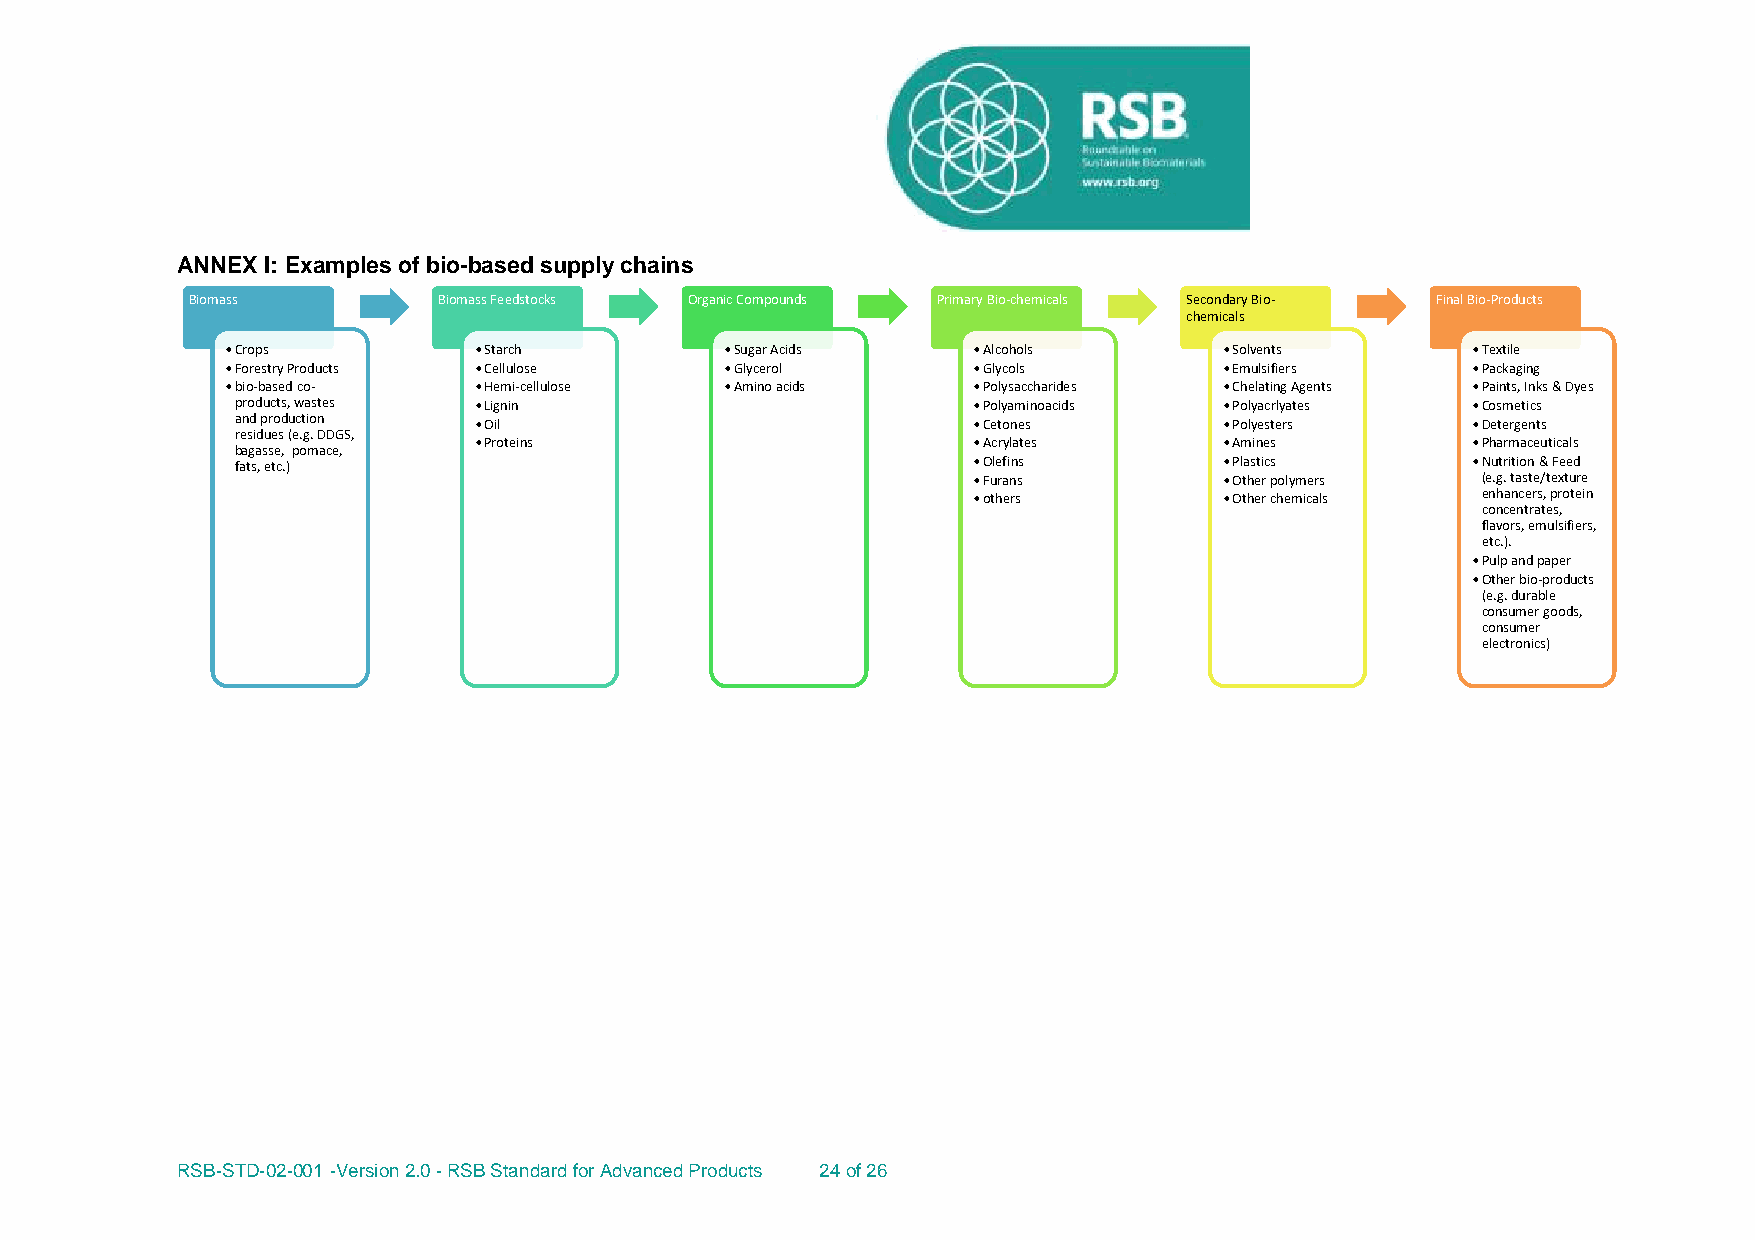
ANNEX I: Examples of bio-based supply chains
 Biomass         Biomass Feedstocks Organic Compounds Primary Bio-chemicals Secondary Bio- Final Bio-Products
 chemicals
 •Crops          •Starch          •Sugar Acids    •Alcohols        •Solvents       •Textile
 •Forestry Products •Cellulose    •Glycerol       •Glycols         •Emulsifiers    •Packaging
 •bio-based co-  •Hemi-cellulose  •Amino acids    •Polysaccharides •Chelating Agents •Paints, Inks & Dyes
 products, wastes •Lignin                        •Polyaminoacids  •Polyacrlyates  •Cosmetics
 and production •Oil                             •Cetones         •Polyesters     •Detergents
 residues (e.g. DDGS,
 •Proteins                        •Acrylates       •Amines         •Pharmaceuticals
 bagasse, pomace,
 fats, etc.)                                     •Olefins         •Plastics       •Nutrition & Feed
 •Furans          •Other polymers  (e.g. taste/texture
 •others          •Other chemicals enhancers, protein
 concentrates,
 flavors, emulsifiers,
 etc.).
 •Pulp and paper
 •Other bio-products
 (e.g. durable
 consumer goods,
 consumer
 electronics)
 RSB-STD-02-001 -Version 2.0 - RSB Standard for Advanced Products 24 of 26